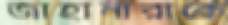
জাহানারাকে